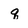
Character: q